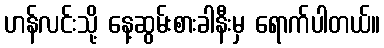
ဟန်လင်းသို့ နေ့ဆွမ်းစားခါနီးမှ ရောက်ပါတယ်။